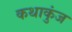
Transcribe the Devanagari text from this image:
कथाकुंज